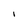
Character: I